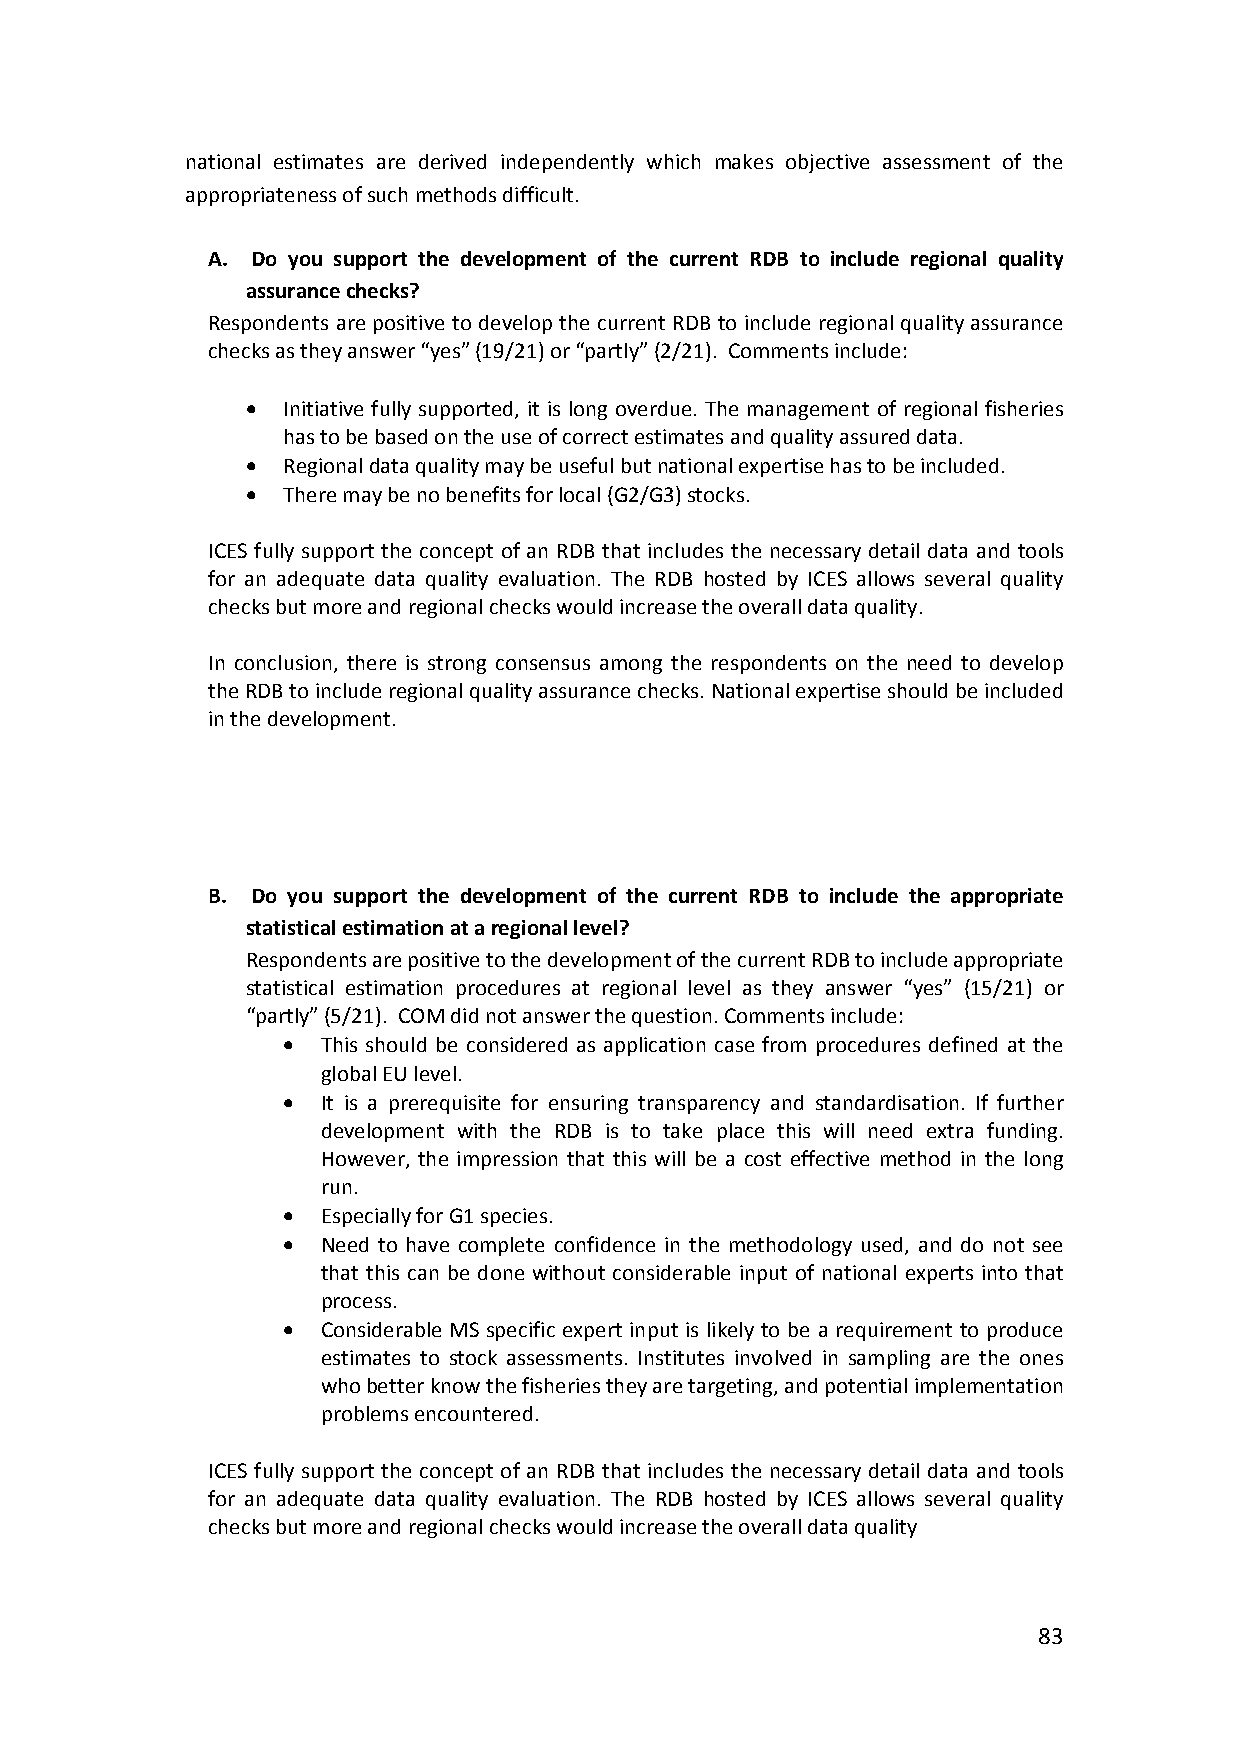
national estimates are derived independently which makes objective assessment of the
 appropriateness of such methods difficult.
 A. Do you support the development of the current RDB to include regional quality
 assurance checks?
 Respondents are positive to develop the current RDB to include regional quality assurance
 checks as they answer “yes” (19/21) or “partly” (2/21). Comments include:
   Initiative fully supported, it is long overdue. The management of regional fisheries
 has to be based on the use of correct estimates and quality assured data.
   Regional data quality may be useful but national expertise has to be included.
   There may be no benefits for local (G2/G3) stocks.
 ICES fully support the concept of an RDB that includes the necessary detail data and tools
 for an adequate data quality evaluation. The RDB hosted by ICES allows several quality
 checks but more and regional checks would increase the overall data quality.
 In conclusion, there is strong consensus among the respondents on the need to develop
 the RDB to include regional quality assurance checks. National expertise should be included
 in the development.
 B. Do you support the development of the current RDB to include the appropriate
 statistical estimation at a regional level?
 Respondents are positive to the development of the current RDB to include appropriate
 statistical estimation procedures at regional level as they answer “yes” (15/21) or
 “partly” (5/21). COM did not answer the question. Comments include:
  This should be considered as application case from procedures defined at the
 global EU level.
  It is a prerequisite for ensuring transparency and standardisation. If further
 development with the RDB is to take place this will need extra funding.
 However, the impression that this will be a cost effective method in the long
 run.
  Especially for G1 species.
  Need to have complete confidence in the methodology used, and do not see
 that this can be done without considerable input of national experts into that
 process.
  Considerable MS specific expert input is likely to be a requirement to produce
 estimates to stock assessments. Institutes involved in sampling are the ones
 who better know the fisheries they are targeting, and potential implementation
 problems encountered.
 ICES fully support the concept of an RDB that includes the necessary detail data and tools
 for an adequate data quality evaluation. The RDB hosted by ICES allows several quality
 checks but more and regional checks would increase the overall data quality
 83